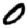
Digit: 0